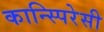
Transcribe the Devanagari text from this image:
कान्स्पिरेसी